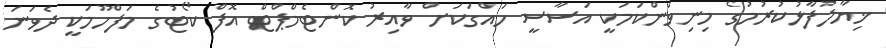
ޚިޔާލުފާޅުކުރުމުގެ މިނިވަންކަމަކީ އަސާސީ ހައްގަކަށް ވާއިރު ކޮންޓެމްޕްޓް އޮފް ކޯޓުގެ މަފްހޫމަކީ ދެވަނަ